Annual administration and progress report of the Indian Medical Department, Bombay
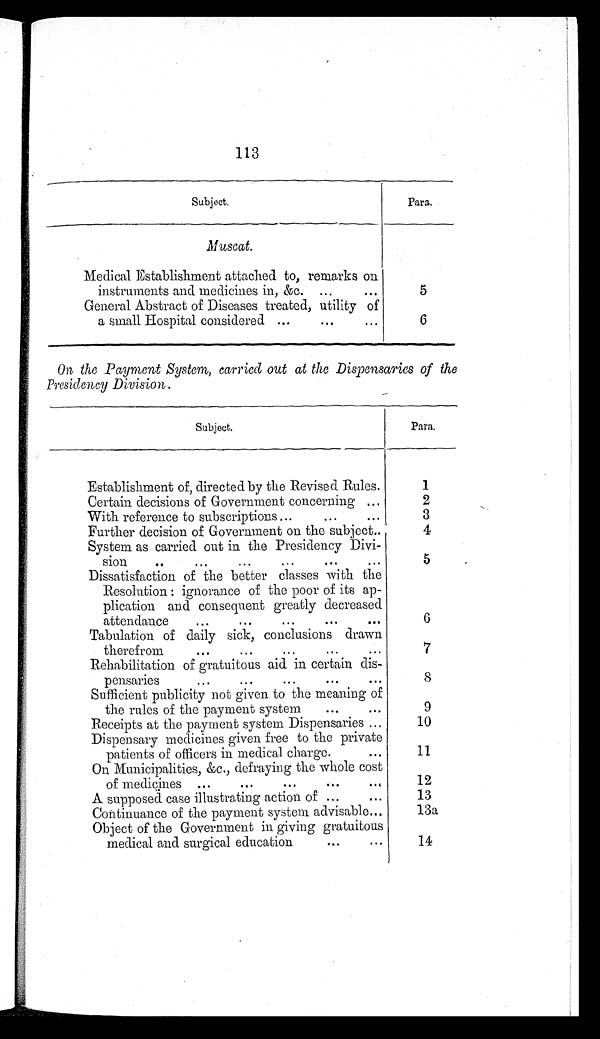
113
Subject.
Para.
Muscat.
Medical Establishment attached to, remarks on
instruments and medicines in, &c. ...
...
5
General Abstract of Diseases treated, utility of
a small Hospital considered ...
...
...
6
On the Payment System, carried out at the Dispensaries of the
Presidency Division.
Subject.
Para.
Establishment of, directed by the Revised Rules.
1
Certain decisions of Government concerning ...
2
With reference to subscriptions...
...
...
3
Further decision of Government on the subject
4
System as carried out in the Presidency Divi-
sion
..
...
...
...
... ...
5
Dissatisfaction of the better classes with the
Resolution : ignorance of the poor of its ap
-
plication and consequent greatly decreased
attendance
...
...
...
...
...
6
Tabulation of daily sick, conclusions drawn
therefrom
...
...
...
...
...
7
Rehabilitation of gratuitous aid in certain dis-
pensaries
...
...
...
...
...
8
Sufficient publicity not given to the meaning of
the rules of the payment system
...
...
9
Receipts at the payment system Dispensaries ...
10
Dispensary medicines given free to the private
patients of officers in medical charge. ...
11
On Municipalities, &c., defraying the whole cost
of medicines ...
...
...
...
...
12
A supposed case illustrating action of ...
...
13
Continuance of the payment system advisable...
13a
Object of the Government in giving gratuitous
medical and surgical education
...
...
14